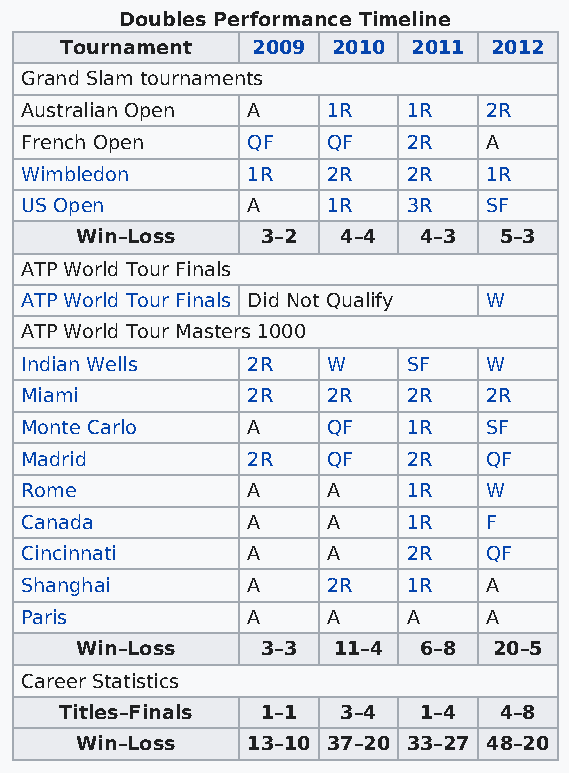
Doubles Performance Timeline
 Tournament   2009 2010 2011 2012
 Grand Slam tournaments
 Australian Open A    1R   1R   2R
 French Open    QF    QF   2R   A
 Wimbledon      1R    2R   2R   1R
 US Open        A     1R   3R   SF
 Win–Loss    3–2   4–4  4–3  5–3
 ATP World Tour Finals
 ATP World Tour Finals Did Not Qualify W
 ATP World Tour Masters 1000
 Indian Wells   2R    W    SF   W
 Miami          2R    2R   2R   2R
 Monte Carlo    A     QF   1R   SF
 Madrid         2R    QF   2R   QF
 Rome           A     A    1R   W
 Canada         A     A    1R   F
 Cincinnati     A     A    2R   QF
 Shanghai       A     2R   1R   A
 Paris          A     A    A    A
 Win–Loss    3–3  11–4  6–8  20–5
 Career Statistics
 Titles–Finals 1–1  3–4  1–4  4–8
 Win–Loss   13–10 37–20 33–27 48–20